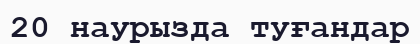
20 наурызда туғандар